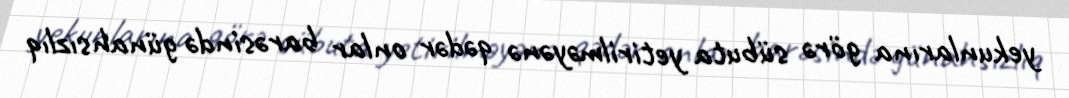
yekunlarına görə sübuta yetirilməyənə qədər onlar barəsində günahsızlıq